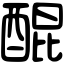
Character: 醌